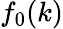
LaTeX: f_{0}(k)